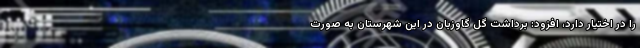
را در اختیار دارد، افزود: برداشت گل گاوزبان در این شهرستان به صورت